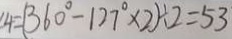
4 = ( 3 6 0 ^ { \circ } - 1 2 7 ^ { \circ } \times 2 ) \div 2 = 5 3